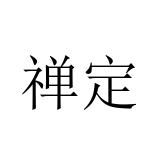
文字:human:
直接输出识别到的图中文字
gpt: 禅定